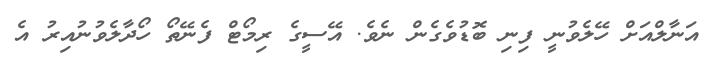
އަނާލްއަށް ހޭލެވުނީ ފިނި ބޮޑުވެގެން ނެވެ. އޭސީގެ ރިމޯޓް ފެނޭތޯ ހޯދާލެވުނުއިރު އެ